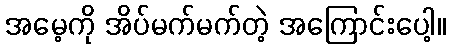
အမေ့ကို အိပ်မက်မက်တဲ့ အကြောင်းပေါ့။